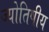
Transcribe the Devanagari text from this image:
ज्‍योतिषीय